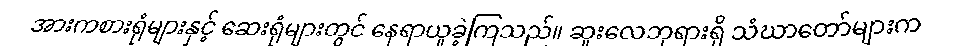
အားကစားရုံများနှင့် ဆေးရုံများတွင် နေရာယူခဲ့ကြသည်။ ဆူးလေဘုရားရှိ သံဃာတော်များက